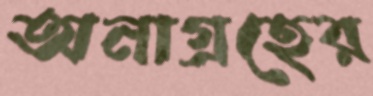
অনাগ্রহের